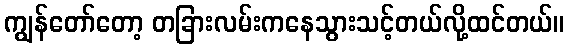
ကျွန်တော်တော့ တခြားလမ်းကနေသွားသင့်တယ်လို့ထင်တယ်။